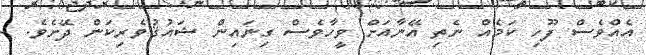
އެއްވެސް ފޫހި ކަމެއް ނެތި އޭނާއަށް ވީހާވެސް ގިނައިން ޝައުޤުވެރިކަން ދޭށެވެ. -